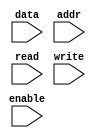
`timescale 1ns / 1ns

module CPU_Test_RAM(data,addr,enable,read,write);
input[7:0] data;
input[9:0] addr;
input enable;
input read,write;
reg[7:0] ram[10'h3ff:0];
assign data=(read&&enable)?ram[addr]:8'hzz;
always @(posedge write)
	begin
		ram[addr]<=data;
	end

endmodule